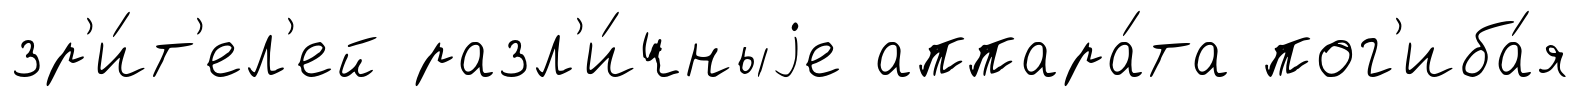
зр'и́т'ел'ей разл'и́чныjе аппара́та пог'иба́я